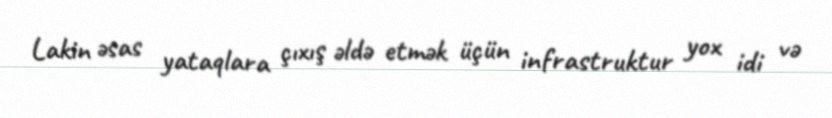
Lakin əsas yataqlara çıxış əldə etmək üçün infrastruktur yox idi və